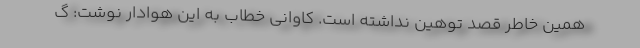
همین خاطر قصد توهین نداشته است. کاوانی خطاب به این هوادار نوشت: گ